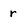
Character: r